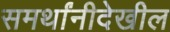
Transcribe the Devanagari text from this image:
समर्थांनीदेखील